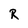
Character: R